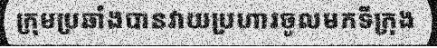
ក្រុមប្រឆាំងបានវាយប្រហារចូលមកទីក្រុង